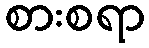
စားစရာ